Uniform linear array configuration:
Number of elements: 24
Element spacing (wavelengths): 0.5
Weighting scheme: kaiser
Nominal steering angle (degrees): -30
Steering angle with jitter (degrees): -31.559
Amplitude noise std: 0.05
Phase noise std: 0.05

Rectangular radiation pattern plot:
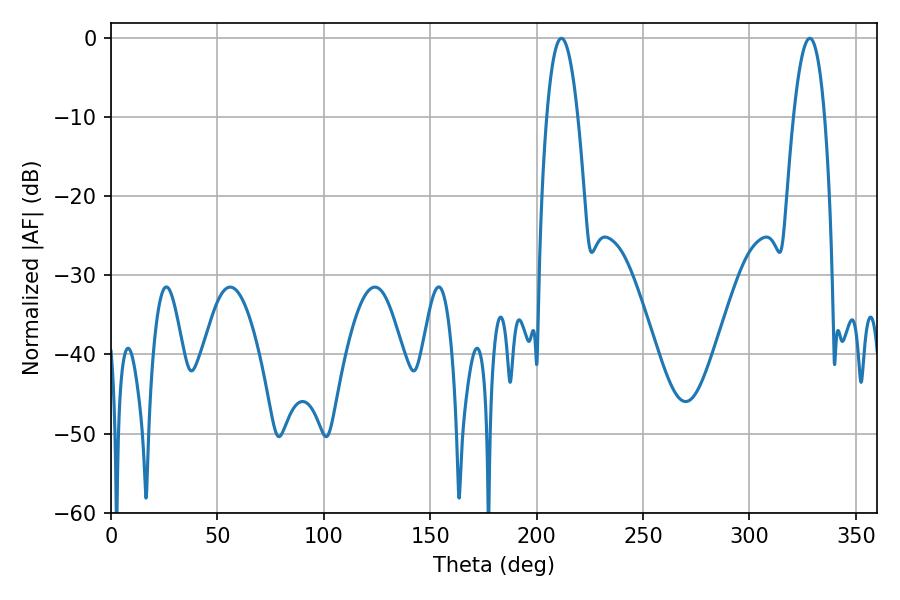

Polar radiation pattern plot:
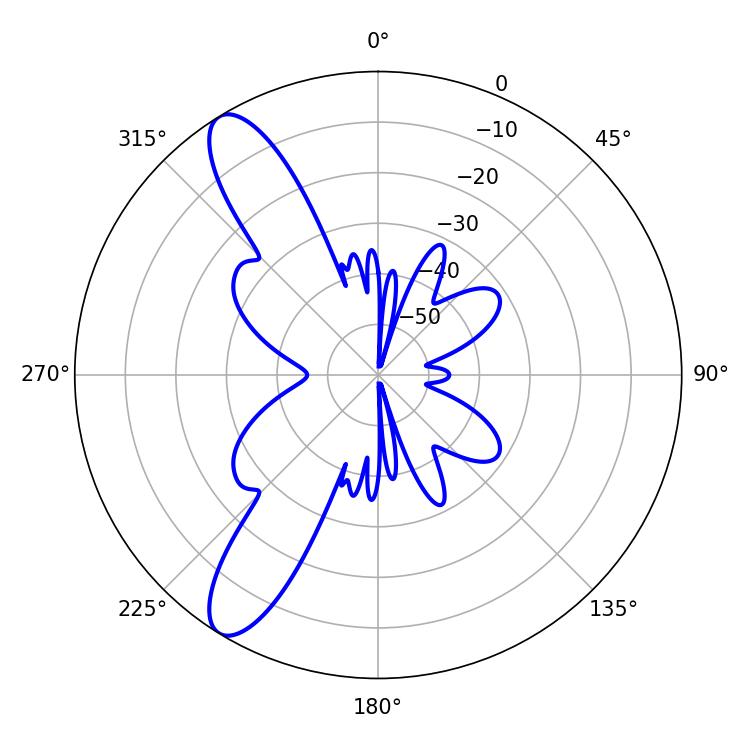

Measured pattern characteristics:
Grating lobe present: FALSE
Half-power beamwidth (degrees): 8.1
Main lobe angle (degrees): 211.68